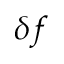
\delta f